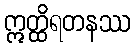
ဣတ္ထိရတနဿ